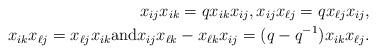
LaTeX: \begin{align*} x_{ij}x_{ik}=qx_{ik}x_{ij},x_{ij}x_{\ell j}=qx_{\ell j}x_{ij}, \\ x_{ik}x_{\ell j}=x_{ \ell j}x_{ik}\mbox{and} x_{ij}x_{\ell k}-x_{\ell k}x_{ij}=(q-q^{-1})x_{ik}x_{\ell j}. \end{align*}